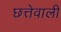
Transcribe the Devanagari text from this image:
छत्तेवाली